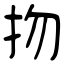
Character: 𢪱